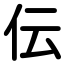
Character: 伝